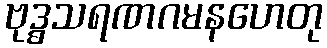
ဗုဒ္ဓသရဏဂမနဟေတု